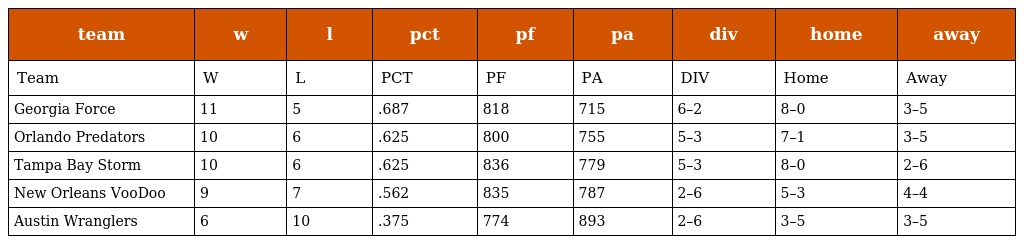
| team | w | l | pct | pf | pa | div | home | away |
 | --- | --- | --- | --- | --- | --- | --- | --- | --- |
 | Team | W | L | PCT | PF | PA | DIV | Home | Away |
 | Georgia Force | 11 | 5 | .687 | 818 | 715 | 6–2 | 8–0 | 3–5 |
 | Orlando Predators | 10 | 6 | .625 | 800 | 755 | 5–3 | 7–1 | 3–5 |
 | Tampa Bay Storm | 10 | 6 | .625 | 836 | 779 | 5–3 | 8–0 | 2–6 |
 | New Orleans VooDoo | 9 | 7 | .562 | 835 | 787 | 2–6 | 5–3 | 4–4 |
 | Austin Wranglers | 6 | 10 | .375 | 774 | 893 | 2–6 | 3–5 | 3–5 |